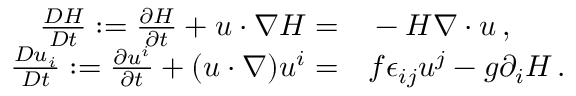
\begin{array} { r l } { \frac { D { \cal H } } { D t } : = \frac { \partial { \cal H } } { \partial t } + u \cdot \nabla { \cal H } = } & { { } - { \cal H } \nabla \cdot u \, , } \\ { \frac { D u _ { i } } { D t } : = \frac { \partial u ^ { i } } { \partial t } + ( u \cdot \nabla ) u ^ { i } = } & { { } f \epsilon _ { i j } u ^ { j } - g \partial _ { i } { \cal H } \, . } \end{array}